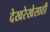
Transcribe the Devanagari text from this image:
देखरेखेसाठी